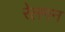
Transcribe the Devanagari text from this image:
रेलगन